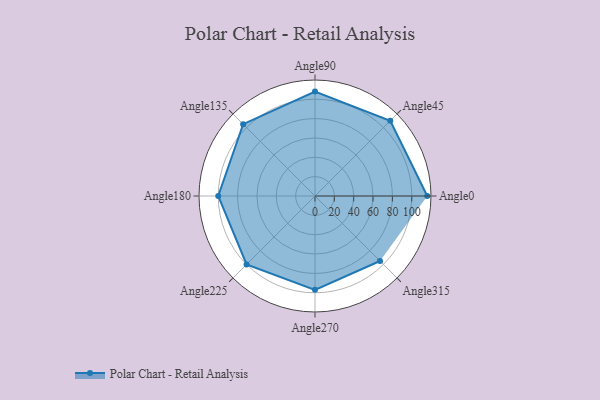
{"axis": {"x": "Angle", "y": "Radius"}, "legend": [""], "data": [{"x": "Angle0", "y": 116.0, "type": ""}, {"x": "Angle45", "y": 110.0, "type": ""}, {"x": "Angle90", "y": 108.0, "type": ""}, {"x": "Angle135", "y": 105.0, "type": ""}, {"x": "Angle180", "y": 100.0, "type": ""}, {"x": "Angle225", "y": 100.0, "type": ""}, {"x": "Angle270", "y": 97.0, "type": ""}, {"x": "Angle315", "y": 95.0, "type": ""}]}